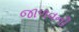
જાળવની